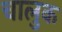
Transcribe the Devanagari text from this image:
चालुक